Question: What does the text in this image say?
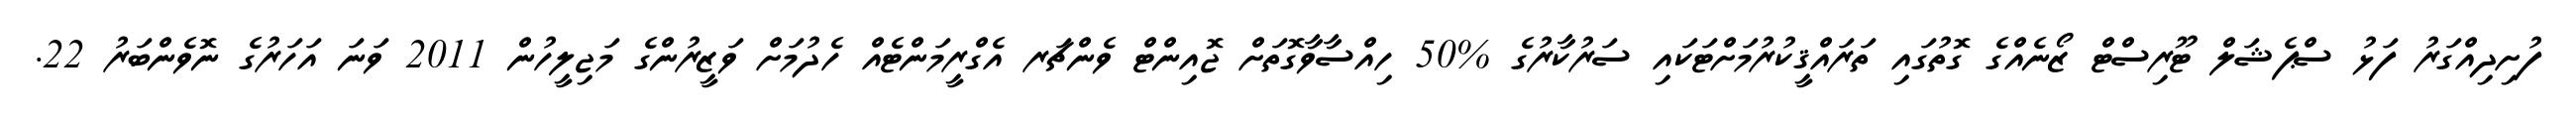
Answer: ފުށިދިއްގަރު ފަޅު ސްޕެޝަލް ޓޫރިސްޓް ޒޯނެއްގެ ގޮތުގައި ތަރައްޤީކުރުމަށްޓަކައި ސަރުކާރުގެ %50 ހިއްސާވާގޮތަށް ޖޮއިންޓް ވެންޗަރ އެގްރީމަންޓެއް ހެދުމަށް ވަޒީރުންގެ މަޖިލީހުން 2011 ވަނަ އަހަރުގެ ނޮވެންބަރު 22.